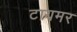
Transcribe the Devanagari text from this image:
टायमर